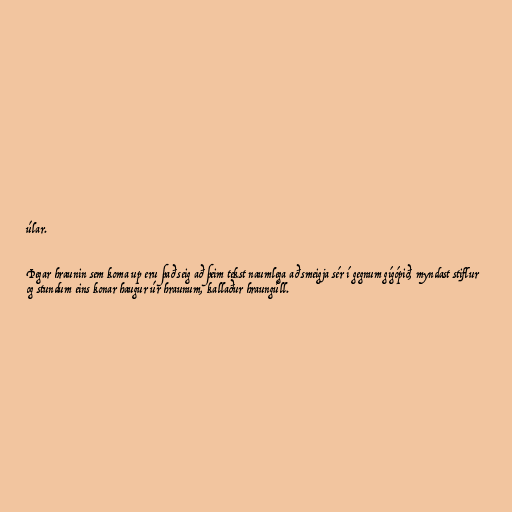
úlar.

Þegar hraunin sem koma up eru það seig að þeim tekst naumlega að smeigja sér í gegnum gígópið, myndast stiflur
og stundum eins konar haugur úr hraunum, kallaður hraungúll.